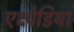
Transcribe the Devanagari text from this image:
एक्ष्पेडिया